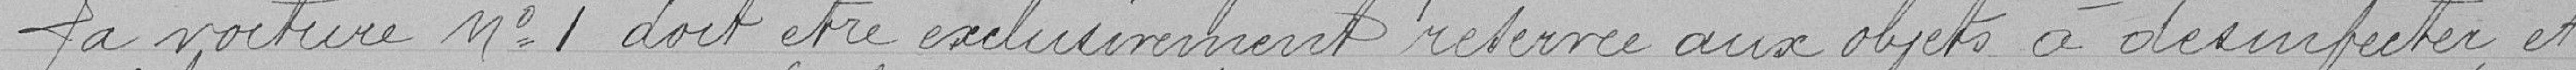
La voiture n°1 doit être exclusivement retirée aux objets à désinfecter et